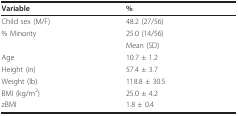
<table><thead><tr><td><b>Variable</b></td><td><b>%</b></td></tr></thead><tbody><tr><td>Child sex (M/F)</td><td>48.2 (27/56)</td></tr><tr><td>% Minority</td><td>25.0 (14/56)</td></tr><tr><td></td><td>Mean (SD)</td></tr><tr><td>Age</td><td>10.7 ± 1.2</td></tr><tr><td>Height (in)</td><td>57.4 ± 3.7</td></tr><tr><td>Weight (lb)</td><td>118.8 ± 30.5</td></tr><tr><td>BMI (kg/m<sup>2</sup>)</td><td>25.0 ± 4.2</td></tr><tr><td>zBMI</td><td>1.8 ± 0.4</td></tr></tbody></table>